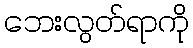
ဘေးလွတ်ရာကို